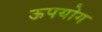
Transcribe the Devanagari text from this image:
ऊपयोग